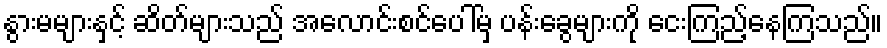
နွားမများနှင့် ဆိတ်များသည် အလောင်းစင်ပေါ်မှ ပန်းခွေများကို ငေးကြည့်နေကြသည်။